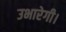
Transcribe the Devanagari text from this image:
उभारेगी।